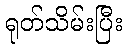
ရုတ်သိမ်းပြီး